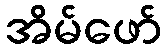
အိမ်ဖော်